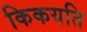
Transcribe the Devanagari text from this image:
किकयति